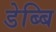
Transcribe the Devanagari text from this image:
डेब्बि